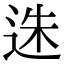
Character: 𨒲